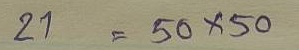
21 = 50x50